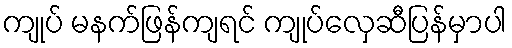
ကျုပ် မနက်ဖြန်ကျရင် ကျုပ်လှေဆီပြန်မှာပါ